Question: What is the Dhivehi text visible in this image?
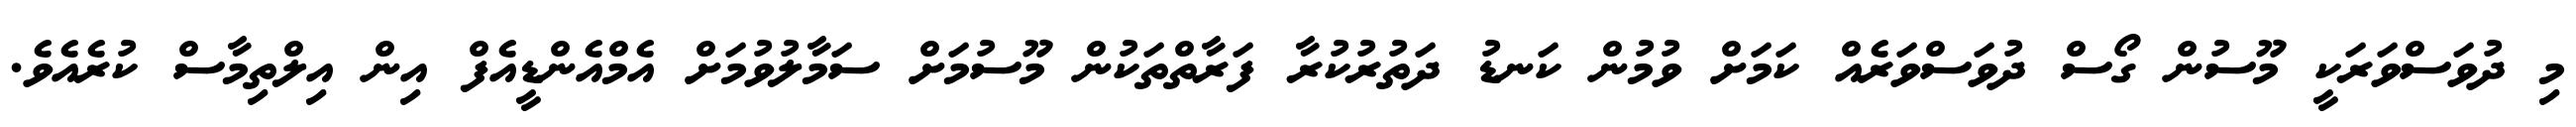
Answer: މި ދުވަސްވަރަކީ މޫސުން ގޯސް ދުވަސްވަރެއް ކަމަށް ވުމުން ކަނޑު ދަތުރުކުރާ ފަރާތްތަކުން މޫސުމަށް ސަމާލުވުމަށް އެމްއެންޑީއެފް އިން އިލްތިމާސް ކުރެއެވެ.